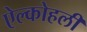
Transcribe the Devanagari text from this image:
ऐल्कोहली